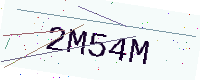
Text: 2M54M